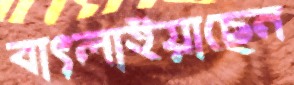
বাৎলাইয়াছেন